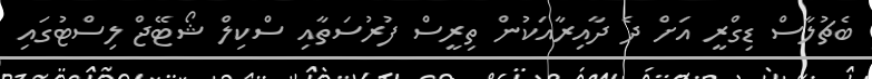
ބެޗުލާސް ޑިގްރީ އަަށް ދެ ދާއިރާއަކުން ތިރީސް ފުރުސަތާއި ސްކިލް ޝޯޓޭޖް ލިސްޓުގައި